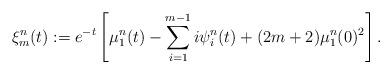
LaTeX: \begin{align*}\xi^{n}_m(t):=e^{-t} \left[\mu^{n}_1(t)-\sum_{i=1}^{m-1} i\psi^{n}_i(t) +(2m+2)\mu^{n}_1(0)^2\right].\end{align*}